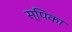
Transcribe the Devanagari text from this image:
स्पिका